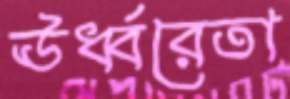
ঊর্ধ্বরেতা